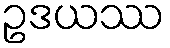
ဥဒယဿ